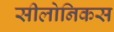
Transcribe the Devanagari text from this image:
सीलोनिकस